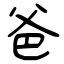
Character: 爸